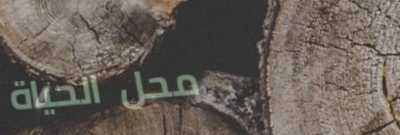
محل الحياة